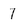
Character: 7